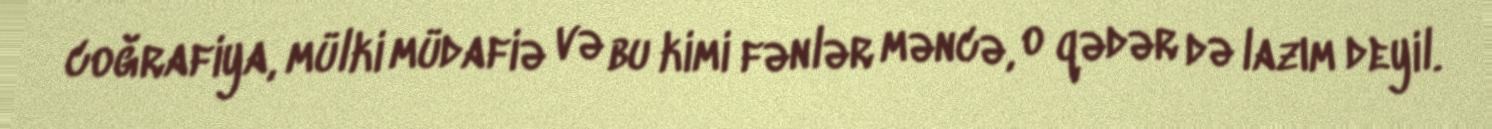
coğrafiya, mülki müdafiə və bu kimi fənlər məncə, o qədər də lazım deyil.